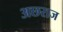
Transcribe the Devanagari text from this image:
अछराज